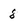
Character: 8